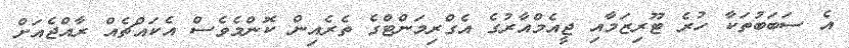
އެ ސަބަބުތަކާ ހުރެ ޓޫރިޒަމާއި ޖީއެމްއާރުގެ އެގްރިމަންޓްގެ ތެރެއިން ކޮންމެވެސް އެކައްޗެއް ރާއްޖެއަށް